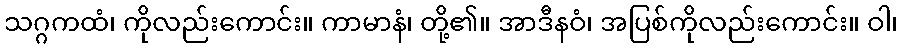
သဂ္ဂကထံ၊ ကိုလည်းကောင်း။ ကာမာနံ၊ တို့၏။ အာဒီနဝံ၊ အပြစ်ကိုလည်းကောင်း။ ဝါ၊